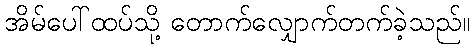
အိမ်ပေါ်ထပ်သို့ တောက်လျှောက်တက်ခဲ့သည်။